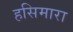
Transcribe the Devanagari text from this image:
हसिमारा